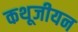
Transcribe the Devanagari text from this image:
कथूजीयन